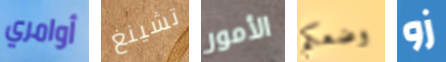
أوامري تشينغ الأمور وضعكم زو